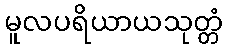
မူလပရိယာယသုတ္တံ